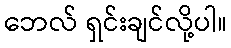
ဘေလ် ရှင်းချင်လို့ပါ။